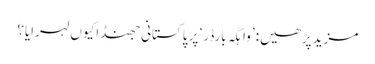
مزید پڑھیں: ’واہگہ بارڈر‘ پر پاکستانی جھنڈا کیوں لہرایا؟